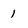
Character: 1